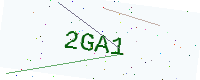
Text: 2GA1